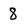
Character: 8